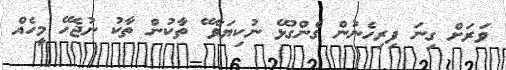
ވަރަށް ގިނަ ފިރިހެނުން ގެންގުޅޭ ނުކިޔަވާ ޭ ތާކުން ތާކު ނުޖެހޭ މީހެއް